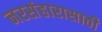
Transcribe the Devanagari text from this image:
नरसंहारासाठी